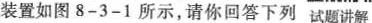
回装置如图8-3-1所示，请你回答下列 试题讲解